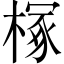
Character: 𪳘